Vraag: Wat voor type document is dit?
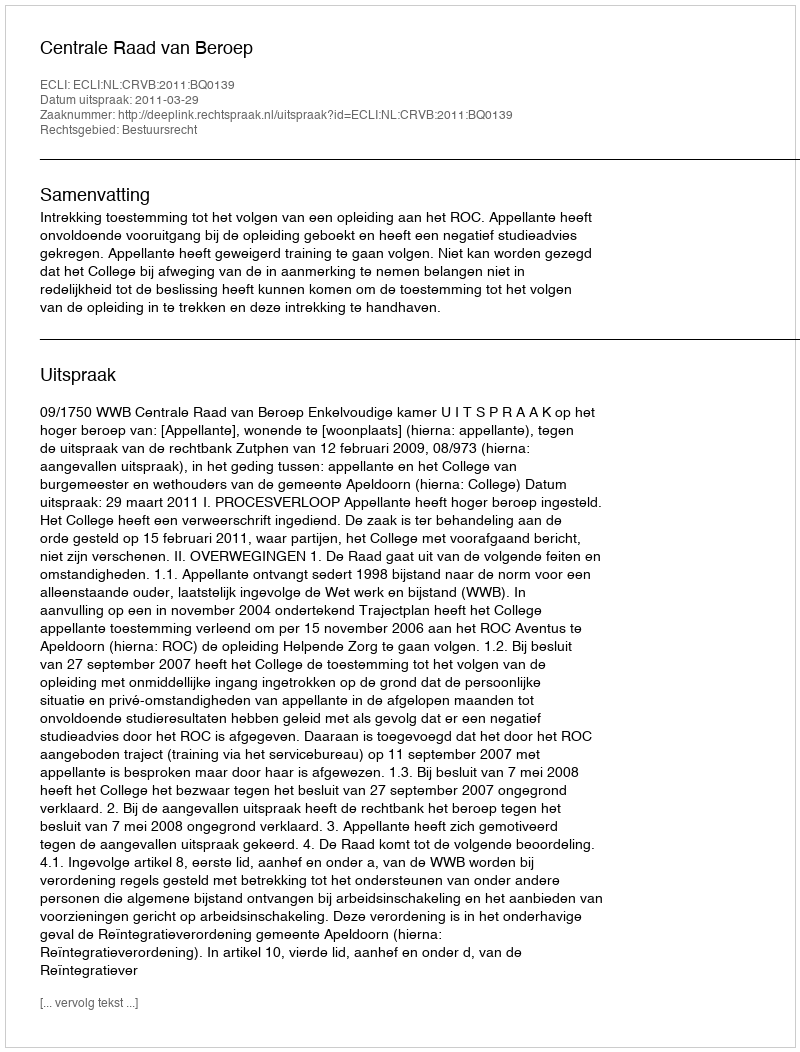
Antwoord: Uitspraak